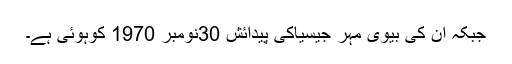
جبکہ ان کی بیوی مہر جیسیاکی پیدائش 30نومبر 1970 کوہوئی ہے۔